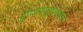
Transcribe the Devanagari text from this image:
द्वीपसमूहाबद्दल